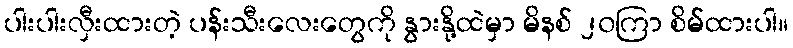
ပါးပါးလှီးထားတဲ့ ပန်းသီးလေးတွေကို နွားနို့ထဲမှာ မိနစ် ၂၀ကြာ စိမ်ထားပါ။